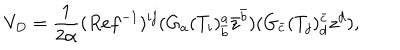
LaTeX: V _ { D } = \frac { 1 } { 2 \alpha } ( R e f ^ { - 1 } ) ^ { i j } ( G _ { a } ( T _ { i } ) _ { \bar { b } } ^ { a } \bar { z } ^ { \bar { b } } ) ( G _ { \bar { c } } ( T _ { j } ) _ { d } ^ { \bar { c } } z ^ { d } ) ,